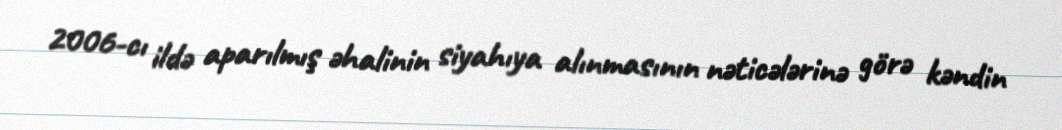
2006-cı ildə aparılmış əhalinin siyahıya alınmasının nəticələrinə görə kəndin